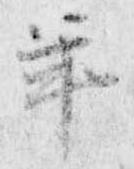
年